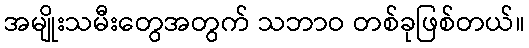
အမျိုးသမီးတွေအတွက် သဘာဝ တစ်ခုဖြစ်တယ်။